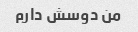
من دوسش دارم